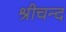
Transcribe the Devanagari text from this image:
श्रीचन्द